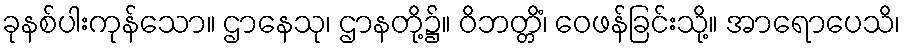
ခုနစ်ပါးကုန်သော။ ဌာနေသု၊ ဌာနတို့၌။ ဝိဘတ္တိံ၊ ဝေဖန်ခြင်းသို့။ အာရောပေသိ၊